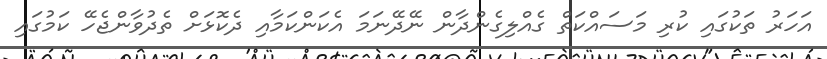
އަހަރު ތަކުގައި ކުރި މަސައްކަތް ގެއްލިގެންދާން ނޭދޭނަމަ އެކަންކަމާއި ދެކޮޅަށް ތެދުވާންޖެހޭ ކަމުގައި